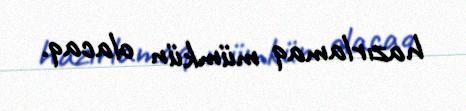
hazırlamaq mümkün olacaq.